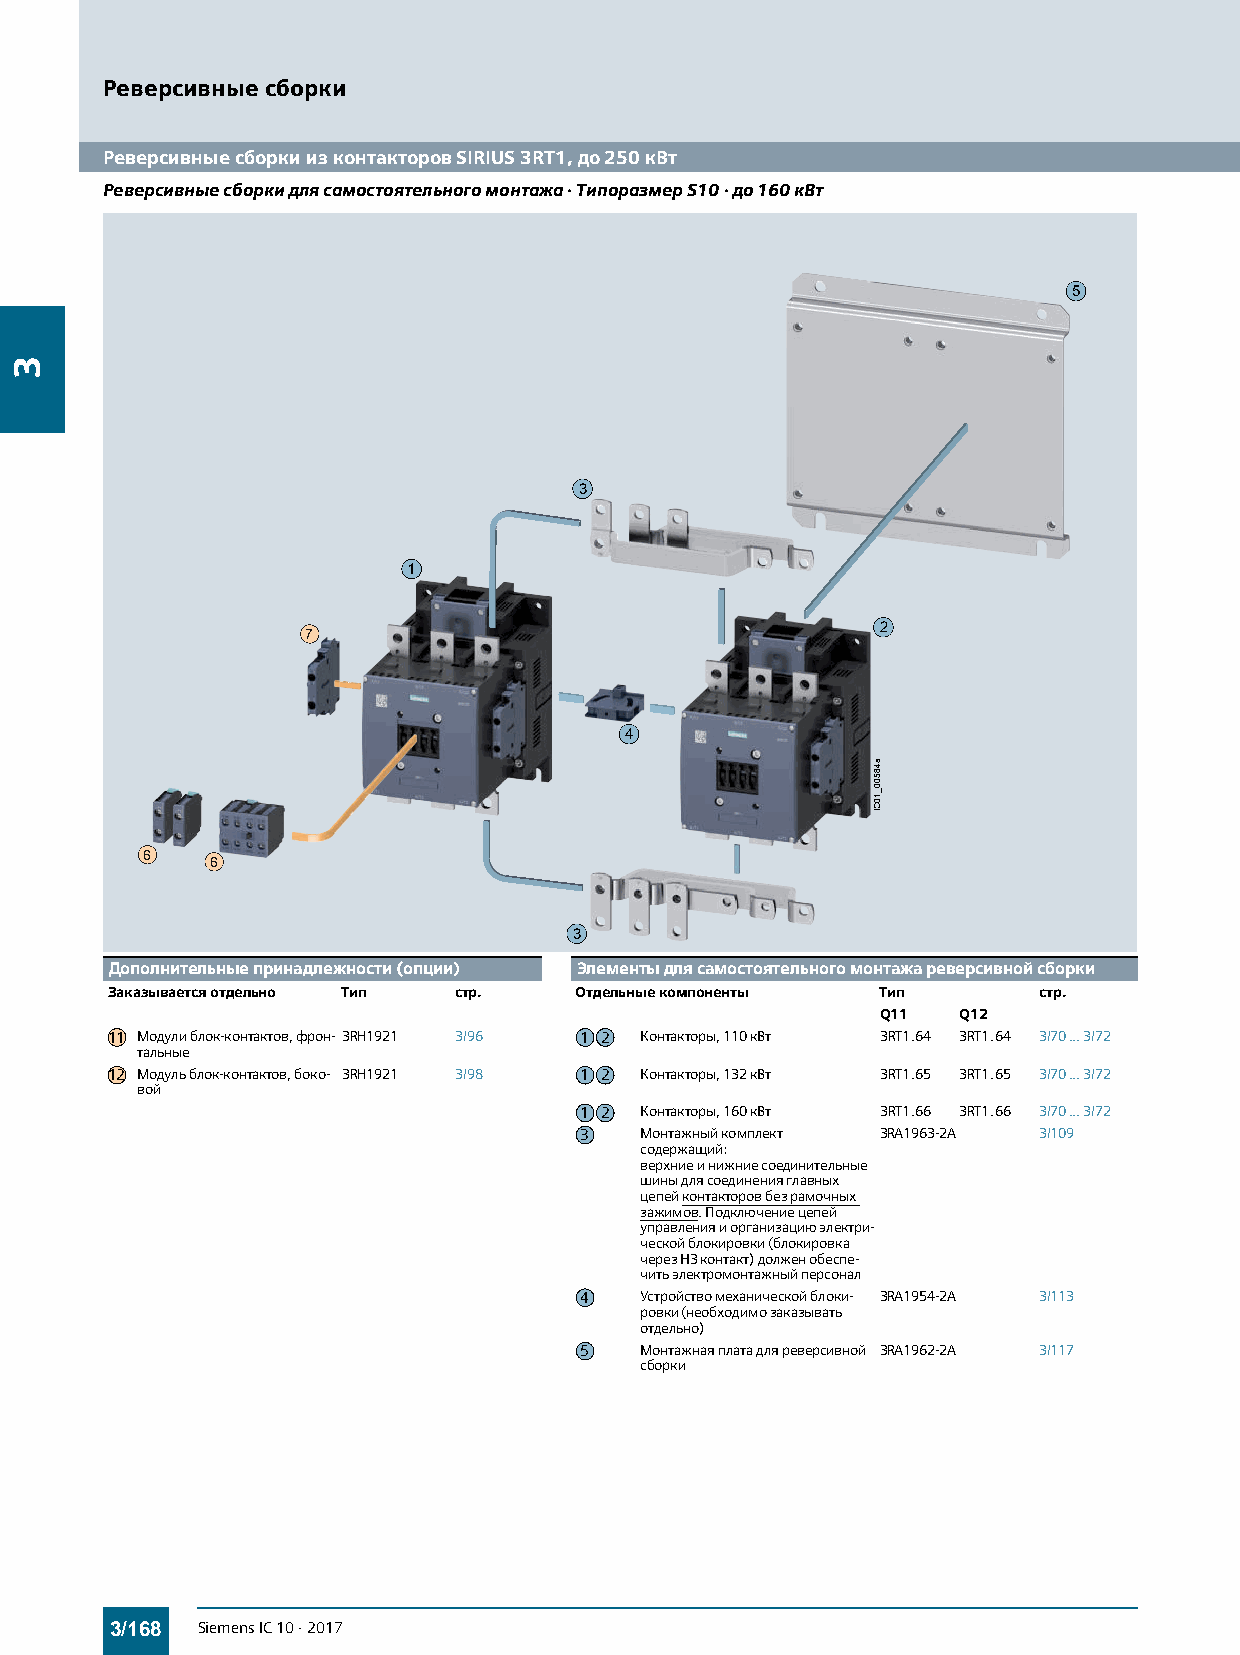
Реверсивные сборки
 Реверсивные сборки из контакторов SIRIUS 3RT1, до 250 кВт
 Реверсивные сборки для самостоятельного монтажа · Типоразмер S10 · до 160 кВт
 5
 3
 1
 2
 7
 4
 6
 6
 3
 Дополнительные принадлежности (опции) Элементы для самостоятельного монтажа реверсивной сборки
 Заказывается отдельно Тип стр. Отдельные компоненты Тип       стр.
 Q11  Q12
 11 Модули блок-контактов, фрон-3RH1921 3/96 1 2 Контакторы, 110кВт 3RT1.64 3RT1.64 3/70...3/72
 тальные
 12 Модуль блок-контактов, боко- 3RH1921 3/98 1 2 Контакторы, 132кВт 3RT1.65 3RT1.65 3/70...3/72
 вой
 1 2 Контакторы, 160кВт 3RT1.66 3RT1.66 3/70...3/72
 3   Монтажный комплект 3RA1963-2A 3/109
 содержащий:
 верхние и нижние соединительные
 шины для соединения главных
 цепей контакторов без рамочных
 зажимов. Подключение цепей
 управления и организацию электри-
 ческой блокировки (блокировка
 через НЗ контакт) должен обеспе-
 чить электромонтажный персонал
 4   Устройство механической блоки- 3RA1954-2A 3/113
 ровки (необходимо заказывать
 отдельно)
 5   Монтажная плата для реверсивной 3RA1962-2A 3/117
 сборки
 3/168 Siemens IC 10 · 2017
 3
 a48500_10CI